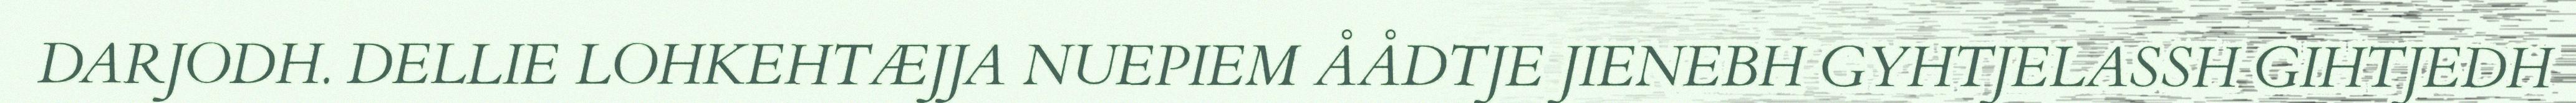
DARJODH. DELLIE LOHKEHTÆJJA NUEPIEM ÅÅDTJE JIENEBH GYHTJELASSH GIHTJEDH